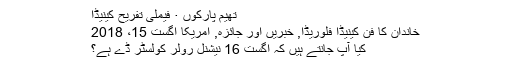
تھیم پارکوں · فیملی تفریح ​​کینیڈا
خاندان کا فن کینیڈا فلوریڈا, خبریں اور جائزہ, امریکا اگست 15، 2018
کیا آپ جانتے ہیں کہ اگست 16 نیشنل رولر کولسٹر ڈے ہے؟